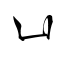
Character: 凵